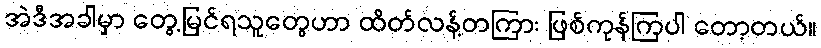
အဲဒီအခါမှာ တွေ့မြင်ရသူတွေဟာ ထိတ်လန့်တကြား ဖြစ်ကုန်ကြပါ တော့တယ်။